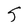
Character: S